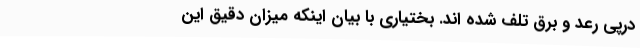
درپی رعد و برق تلف شده اند. بختیاری با بیان اینکه میزان دقیق این